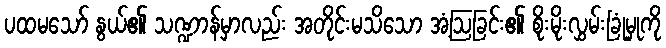
ပထမသော် နွယ်၏ သဏ္ဍာန်မှာလည်း အတိုင်းမသိသော အံ့ဩခြင်း၏ စိုးမိုးလွှမ်းခြုံမှုကို